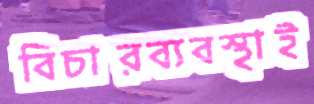
বিচারব্যবস্থাই